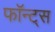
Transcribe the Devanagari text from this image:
फॉन्ट्‌स